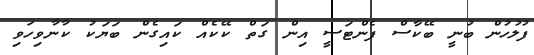
ފުލުހުން ބުނީ ބޭކާސް ފެންޓަސީ އިން ގަތް ކޭކެއް ކައިގެން ބަޔަކު ކާނާވިހަވި